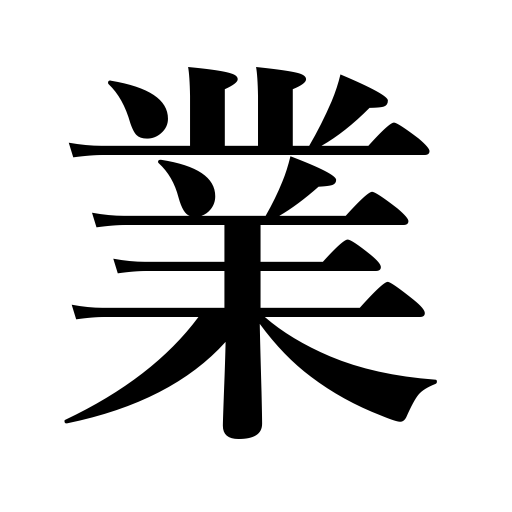
Meanings: occupation,undertaking,business,performance,service,conduct,achievement,industry,trick,profession,act,deed,arts,trade,work,vocation,studies,art